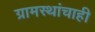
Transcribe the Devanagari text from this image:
ग्रामस्थांचाही